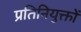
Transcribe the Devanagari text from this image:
प्रतिनियुक्तों